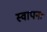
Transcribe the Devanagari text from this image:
स्वापनः